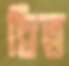
দ্বিত্ব